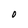
Character: O